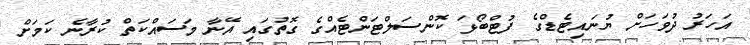
އަހަރު ދުވަހަށް ޔުނައިޓެޑްގެ ފުޓްބޯޅަ ކޮންސަލްޓަންޓެއްގެ ގޮތުގައި އޭނާ މަސައްކަތް ކުރާނެ ކަމަށް